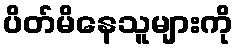
ပိတ်မိနေသူများကို